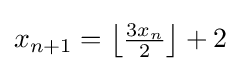
{\textstyle x_{n+1}=\left\lfloor {\frac {3x_{n}}{2}}\right\rfloor +2}